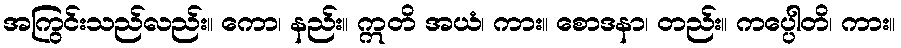
အကြွင်းသည်လည်း။ ကော၊ နည်း။ ဣတိ အယံ၊ ကား။ စောဒနာ၊ တည်း။ ကပ္ပေါတိ၊ ကား။